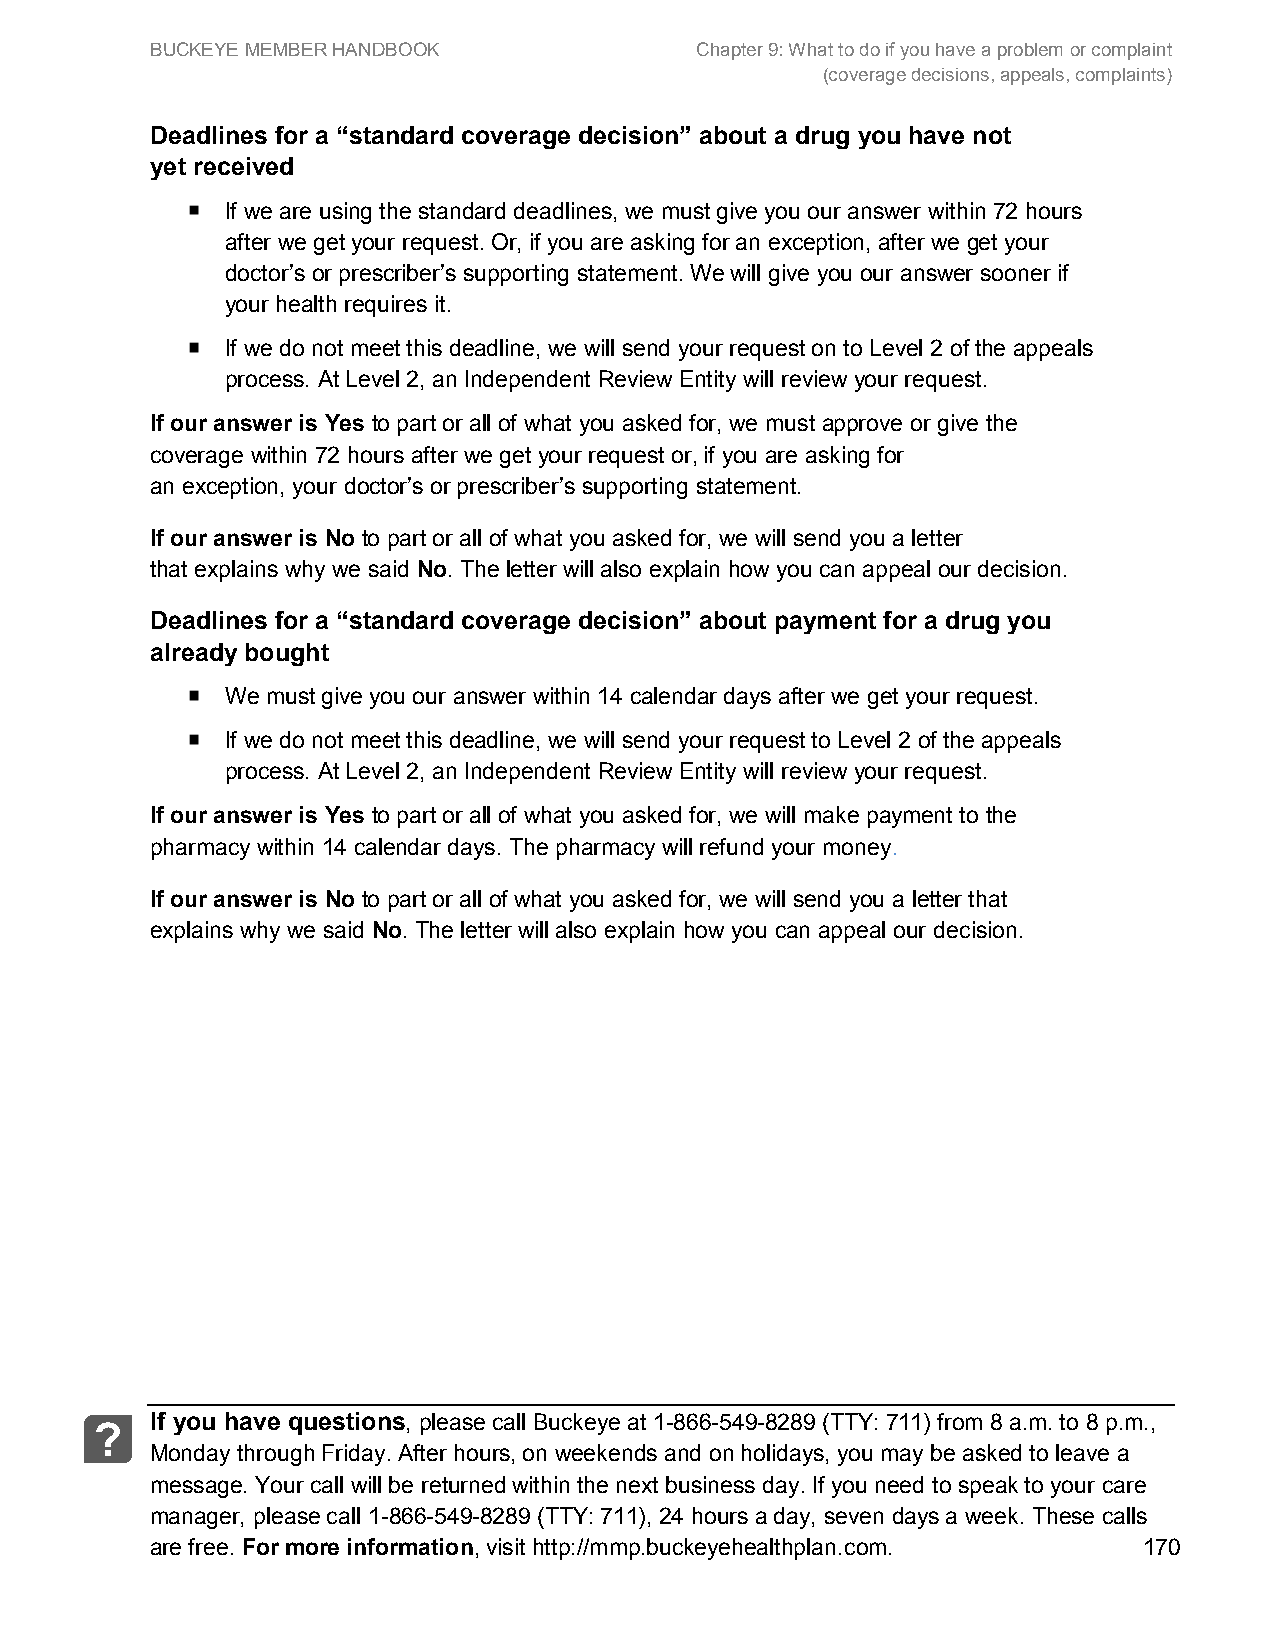
BUCKEYE MEMBER HANDBOOK             Chapter 9: What to do if you have a problem or complaint
 (coverage decisions, appeals, complaints)
 Deadlines for a “standard coverage decision” about a drug you have not
 yet received
 If we are using the standard deadlines, we must give you our answer within 72 hours
 after we get your request. Or, if you are asking for an exception, after we get your
 doctor’s or prescriber’s supporting statement. We will give you our answer sooner if
 your health requires it.
 If we do not meet this deadline, we will send your request on to Level 2 of the appeals
 process. At Level 2, an Independent Review Entity will review your request.
 If our answer is Yes to part or all of what you asked for, we must approve or give the
 coverage within 72 hours after we get your request or, if you are asking for
 an exception, your doctor’s or prescriber’s supporting statement.
 If our answer is No to part or all of what you asked for, we will send you a letter
 that explains why we said No. The letter will also explain how you can appeal our decision.
 Deadlines for a “standard coverage decision” about payment for a drug you
 already bought
 We must give you our answer within 14 calendar days after we get your request.
 If we do not meet this deadline, we will send your request to Level 2 of the appeals
 process. At Level 2, an Independent Review Entity will review your request.
 If our answer is Yes to part or all of what you asked for, we will make payment to the
 pharmacy within 14 calendar days. The pharmacy will refund your money.
 If our answer is No to part or all of what you asked for, we will send you a letter that
 explains why we said No. The letter will also explain how you can appeal our decision.
 If you have questions, please call Buckeye at 1-866-549-8289 (TTY: 711) from 8 a.m. to 8 p.m.,
 ?
 Monday through Friday. After hours, on weekends and on holidays, you may be asked to leave a
 message. Your call will be returned within the next business day. If you need to speak to your care
 manager, please call 1-866-549-8289 (TTY: 711), 24 hours a day, seven days a week. These calls
 are free. For more information, visit http://mmp.buckeyehealthplan.com. 170